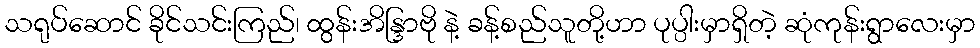
သရုပ်ဆောင် ခိုင်သင်းကြည်၊ ထွန်းအိန္ဒြာဗို နဲ့ ခန့်စည်သူတို့ဟာ ပုပ္ပါးမှာရှိတဲ့ ဆုံကုန်းရွာလေးမှာ